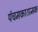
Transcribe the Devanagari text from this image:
पंचमकारात्मक